Leaving Certificate Examination, 1916
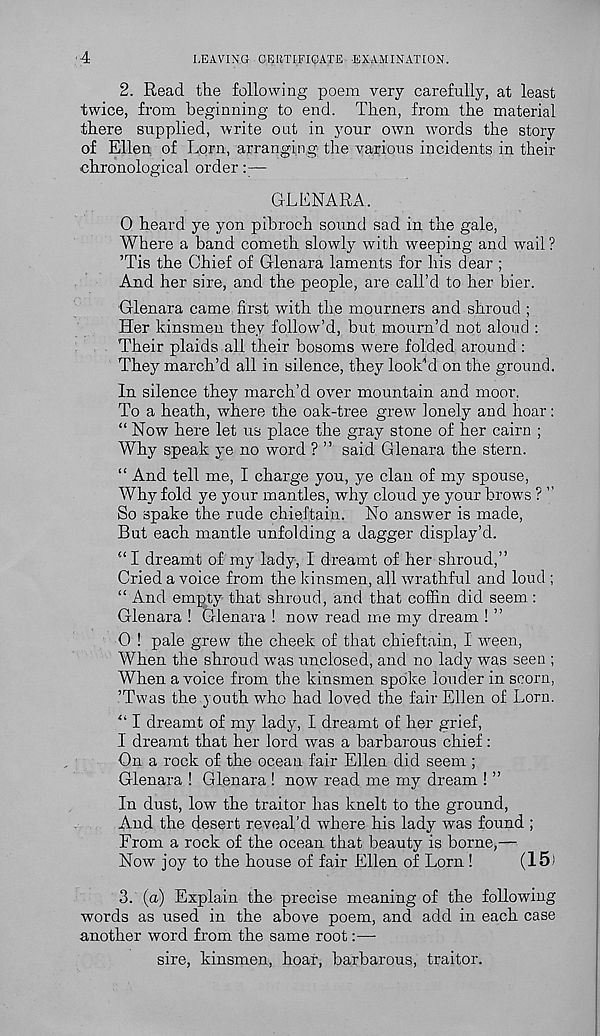
4
LEAVING CERTIFICATE EXAMINATION.
2. Read the following poem very carefully, at least
twice, from beginning to end. Then, from the material
there supplied, write out in your own words the story
of Ellen of Lorn, arranging the various incidents in their
chronological order:—•
GLENARA.
0 heard ye yon pibroch sound sad in the gale,
Where a band cometh slowly with weeping and wail ?
’Tis the Chief of Glenara laments for his dear ;
And her sire, and the people, are call’d to her bier.
Glenara came first with the mourners and shroud ;
Her kinsmen they follow’d, but mourn’d not aloud :
Their plaids all their bosoms were folded around :
They march’d all in silence, they look’d on the ground.
In silence they march’d over mountain and moor.
To a heath, where the oak-tree grew lonely and hoar:
“ Now here let us place the gray stone of her cairn ;
Why speak ye no word ? ” said Glenara the stern.
“ And tell me, I charge you, ye clan of my spouse,
Why fold ye your mantles, why cloud ye your brows ? ”
So spake the rude chieftain. No answer is made,
But each mantle unfolding a dagger display’d.
‘‘I dreamt of my lady, I dreamt of her shroud,”
Cried a voice from the kinsmen, all wrathful and loud ;
“ And empty that shroud, and that coffin did seem :
Glenara ! Glenara ! now read me my dream ! ”
0 ! pale grew the cheek of that chieftain, I ween,
When the shroud was unclosed, and no lady was seen ;
When a voice from the kinsmen spoke louder in scorn,
’Twas the youth who had loved the fair Ellen of Lorn.
“ I dreamt of my lady, I dreamt of her grief,
I dreamt that her lord was a barbarous chief:
On a rock of the ocean fair Ellen did seem ;
Glenara ! Glenara ! now read me my dream ! ”
In dust, low the traitor has knelt to the ground,
And the desert reveal’d where his lady was found ;
From a rock of the ocean that beauty is borne,—
Now joy to the house of fair Ellen of Lorn !
(15)
3. (a) Explain the precise meaning of the following
words as used in the above poem, and add in each case
another word from the same root:—-
sire, kinsmen, hoar, barbarous, traitor.